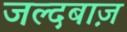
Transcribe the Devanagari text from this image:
जल्दबाज़